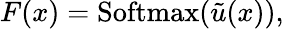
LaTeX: F(x)=\mathrm{Softmax}(\tilde{u}(x)),